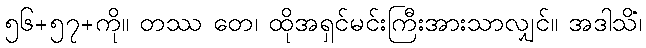
၅၆+၅၇+ကို။ တဿ တေ၊ ထိုအရှင်မင်းကြီးအားသာလျှင်။ အဒါသိံ၊